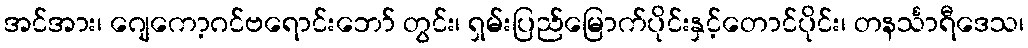
အင်အား၊ ဂျေကော့ဂင်ဗရောင်းဘော် တွင်း၊ ရှမ်းပြည်မြောက်ပိုင်းနှင့်တောင်ပိုင်း၊ တနင်္သာရီဒေသ၊